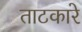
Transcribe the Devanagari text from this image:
ताटकारे